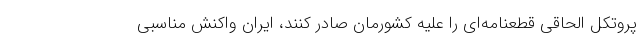
پروتکل الحاقی قطعنامه‌ای را علیه کشورمان صادر کنند، ایران واکنش مناسبی